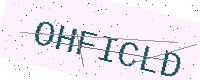
Text: OHFICLD